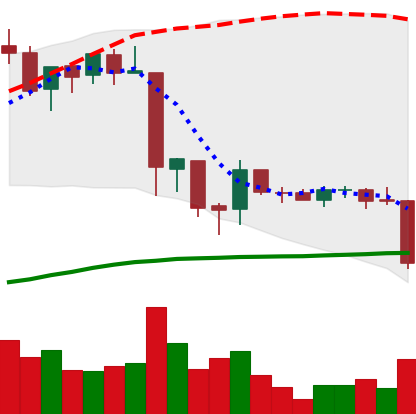
Ticker: EOS-USD
Chart end date: 2018-06-22
Forward return: -7.458%
Label: down_7plus